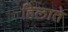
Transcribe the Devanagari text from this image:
हिलाते